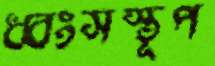
ধ্বংসস্তূপ